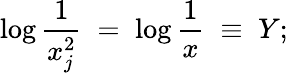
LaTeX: \log\frac{1}{x_{j}^{2}}\; =\; \log\frac{1}{x}\; \equiv\; Y;